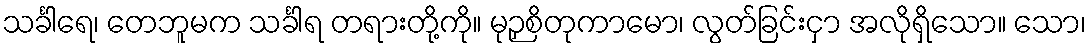
သင်္ခါရေ၊ တေဘူမက သင်္ခါရ တရားတို့ကို။ မုဉှစိတုကာမော၊ လွတ်ခြင်းငှာ အလိုရှိသော။ သော၊